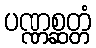
ပဏ္ဏစ္ဆတ္တံ